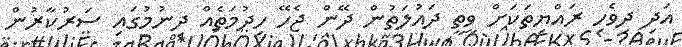
އަދި ދިވެހި ރައްޔިތަކަށް ވީތީ ދައުލަތުން ދޭން ޖެހޭ ހިދުމަތެއް ދިނުމުގައި ސަރުކާރުން